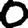
Digit: 0